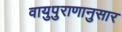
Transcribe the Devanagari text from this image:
वायुपुराणानुसार